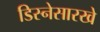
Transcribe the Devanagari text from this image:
डिस्नेसारखे